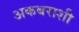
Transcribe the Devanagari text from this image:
अकबराशी